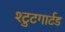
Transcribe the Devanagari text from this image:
श्टुटगार्टड